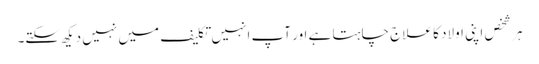
ہر شخص اپنی اولاد کا علاج چاہتا ہے اور آپ انہیں تکلیف میں نہیں دیکھ سکتے۔